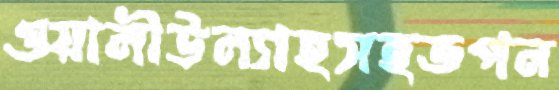
ওয়ালীউল্যাহসহতপন